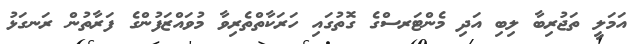
އަމަލީ ތަޖުރިބާ ލިބި އަދި މެންޓަރސްގެ ގޮތުގައި ހަރަކާތްތެރިވާ މުވައްޒަފުންގެ ފަރާތުން ރަނގަޅު